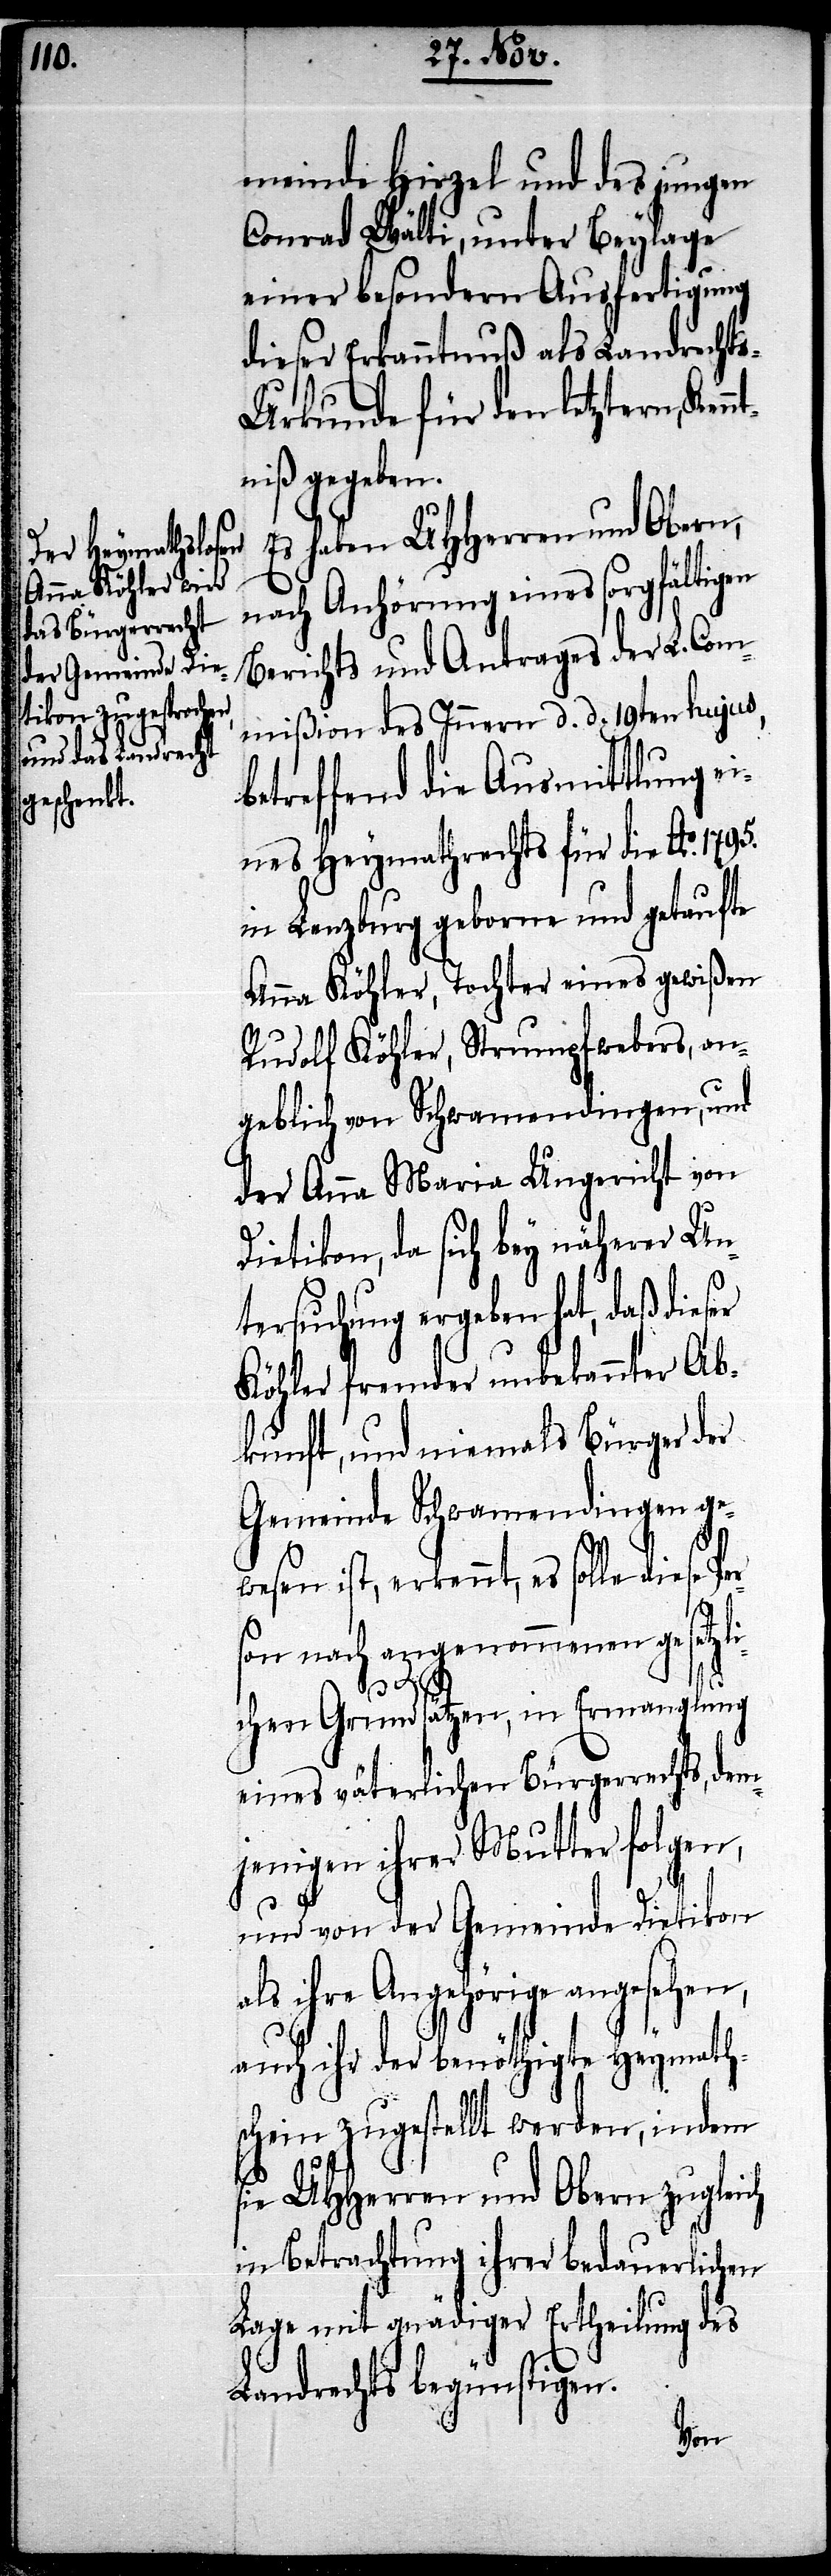
meinde Hirzel und des jungen
Conrad Wälti, unter Beylage
einer besondern Ausfertigung
dieser Erkanntnuß als Landrecht¬
s-Urkunde für den letztern, Kenn¬
niß gegeben.
Es haben UHHerren und Obern,
nach Anhörung eines sorgfältigen
Berichts und Antrages der L. Com¬
mißion des Innern d. d. 19ten hujus,
betreffend die Ausmittlung e¬
ines Heymathrechts für die Ao. 1795.
in Lenzburg geborne und getaufte
Anna Köhler, Tochter eines gewißen
Rudolf Köhler, Strumpfwebers, an¬
geblich von Schwamendingen, und
der Anna Maria Ungericht von
Dietikon, da sich bey näherer Un¬
tersuchung ergeben hat, daß dieser
Köhler fremder unbekannter Ab¬
kunft, und niemals Bürger der
Gemeinde Schwamendingen ge¬
wesen ist, erkennt, es solle diese Per¬
son nach angenommenen gesetzli¬
s¬
chen Grundsätzen, in Ermanglung
eines väterlichen Bürgerrechts, dem¬
jenigen ihrer Mutter folgen,
und von der Gemeinde Dietikon
als ihre Angehörige angesehen,
auch ihr der benöthigte Heymath¬
schein zugestellt werden, indem
ie UHHerren und Obern zugleich
in Betrachtung ihrer bedauerlichen
Lage mit gnädiger Ertheilung des
Landrechts begünstigen.